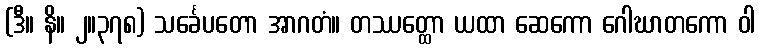
(ဒီ။ နိ။ ၂။၃၇၈) သင်္ခေပတော အာဂတံ။ တဿတ္ထော ယထာ ဆေကော ဂေါဃာတကော ဝါ